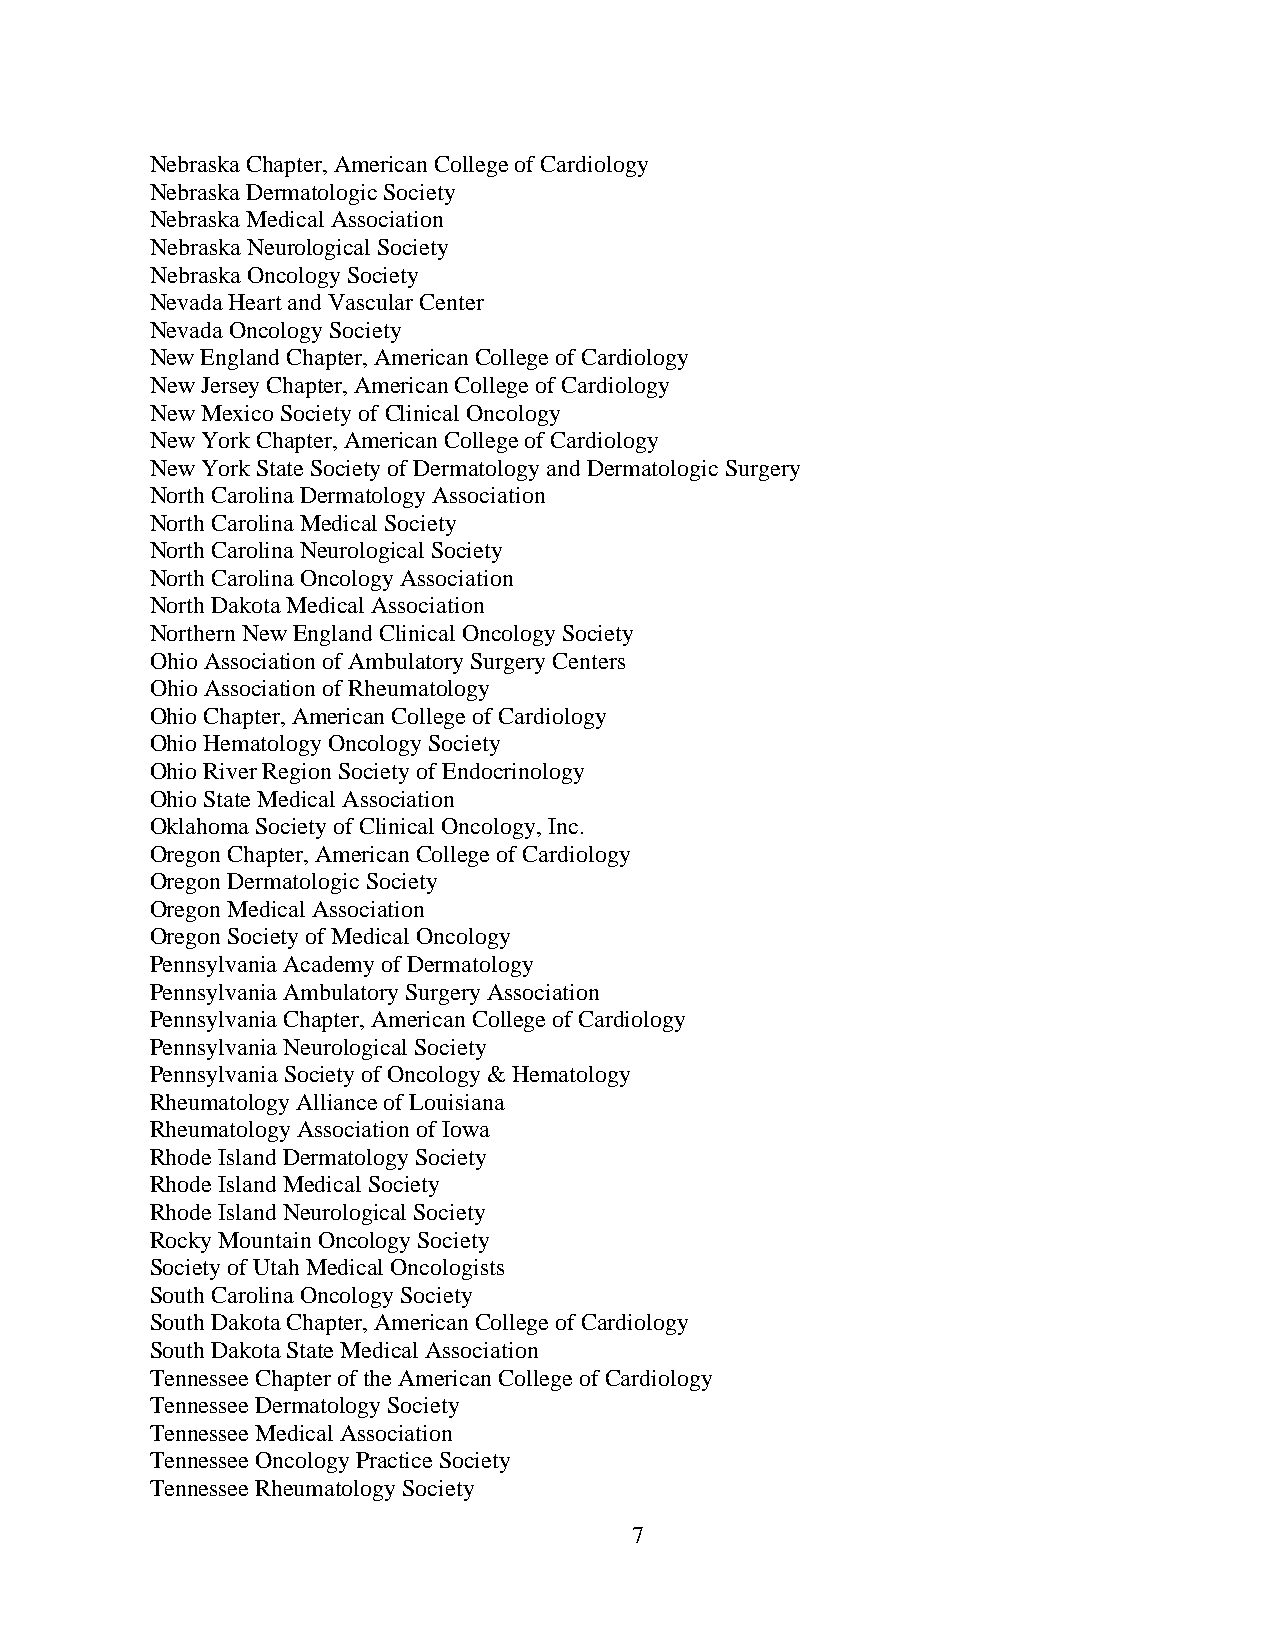
Nebraska Chapter, American College of Cardiology
 Nebraska Dermatologic Society
 Nebraska Medical Association
 Nebraska Neurological Society
 Nebraska Oncology Society
 Nevada Heart and Vascular Center
 Nevada Oncology Society
 New England Chapter, American College of Cardiology
 New Jersey Chapter, American College of Cardiology
 New Mexico Society of Clinical Oncology
 New York Chapter, American College of Cardiology
 New York State Society of Dermatology and Dermatologic Surgery
 North Carolina Dermatology Association
 North Carolina Medical Society
 North Carolina Neurological Society
 North Carolina Oncology Association
 North Dakota Medical Association
 Northern New England Clinical Oncology Society
 Ohio Association of Ambulatory Surgery Centers
 Ohio Association of Rheumatology
 Ohio Chapter, American College of Cardiology
 Ohio Hematology Oncology Society
 Ohio River Region Society of Endocrinology
 Ohio State Medical Association
 Oklahoma Society of Clinical Oncology, Inc.
 Oregon Chapter, American College of Cardiology
 Oregon Dermatologic Society
 Oregon Medical Association
 Oregon Society of Medical Oncology
 Pennsylvania Academy of Dermatology
 Pennsylvania Ambulatory Surgery Association
 Pennsylvania Chapter, American College of Cardiology
 Pennsylvania Neurological Society
 Pennsylvania Society of Oncology & Hematology
 Rheumatology Alliance of Louisiana
 Rheumatology Association of Iowa
 Rhode Island Dermatology Society
 Rhode Island Medical Society
 Rhode Island Neurological Society
 Rocky Mountain Oncology Society
 Society of Utah Medical Oncologists
 South Carolina Oncology Society
 South Dakota Chapter, American College of Cardiology
 South Dakota State Medical Association
 Tennessee Chapter of the American College of Cardiology
 Tennessee Dermatology Society
 Tennessee Medical Association
 Tennessee Oncology Practice Society
 Tennessee Rheumatology Society
 7